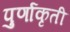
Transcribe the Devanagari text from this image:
पुर्णाकृती